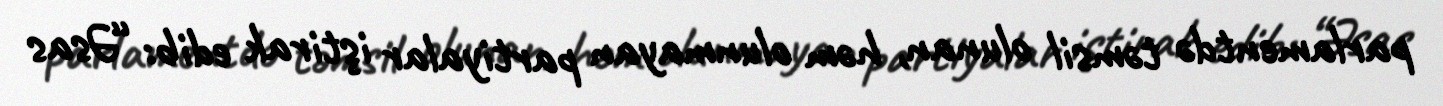
parlamentdə təmsil olunan, həm olunmayan partiyalar iştirak edib: “Əsas